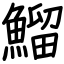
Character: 鰡